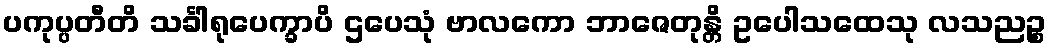
ပကုပ္ပတီတိ သင်္ခါရုပေက္ခာပိ ဌပေသုံ ဗာလကော ဘာဇေတုန္တိ ဥပေါသထေသု လသညဉ္စ